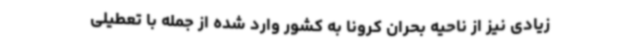
زیادی نیز از ناحیه بحران کرونا به کشور وارد شده از جمله با تعطیلی